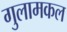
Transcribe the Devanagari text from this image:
गुलामकल